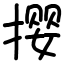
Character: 撄